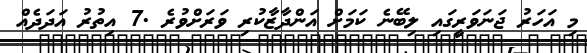
މި އަހަރު ޖަނަވަރީގައި ލިބޭނެ ކަމަށް އަންދާޒާކުރި ވަރަށްވުރެ .7 އިތުރު އަދަދެއް